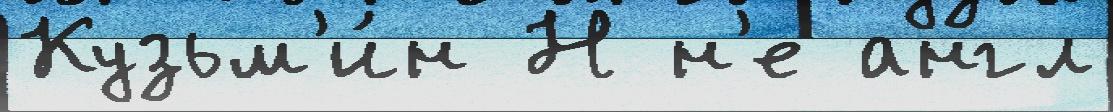
Кузьм'и́н Н н'е англ